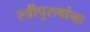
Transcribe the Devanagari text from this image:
स्त्रीपुरुषांना